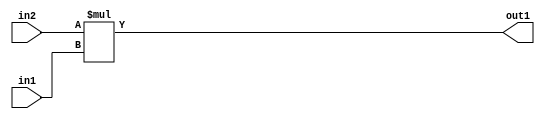
`timescale 1ps / 1ps
/*****************************************************************************
    Verilog RTL Description
    
    
    Created by: Stratus DpOpt 2019.1.01 
*******************************************************************************/

module SobelFilter_Mul_9Ux8U_17U_1 (
	in2,
	in1,
	out1
	); /* architecture "behavioural" */ 
input [8:0] in2;
input [7:0] in1;
output [16:0] out1;
wire [16:0] asc001;

assign asc001 = 
	+(in2 * in1);

assign out1 = asc001;
endmodule

/* CADENCE  urnzSAk= : u9/ySgnWtBlWxVPRXgAZ4Og= ** DO NOT EDIT THIS LINE ******/